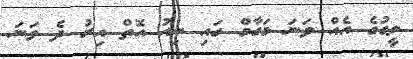
ލީގުގެ އެއް ވަނަ މަގާމް ގައި ނިއު އޮތް އިރު ދެ ވަނަ